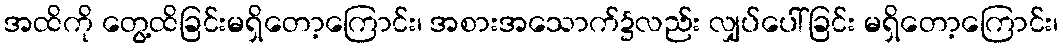
အထိကို တွေ့ထိခြင်းမရှိတော့ကြောင်း၊ အစားအသောက်၌လည်း လျှပ်ပေါ်ခြင်း မရှိတော့ကြောင်း၊